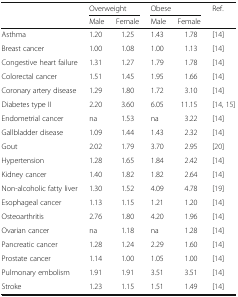
| <ROWSPAN=2>  | <COLSPAN=2> Overweight | <COLSPAN=2> Obese | <ROWSPAN=2> Ref. |
 | Male | Female | Male | Female |
 | --- | --- | --- | --- | --- | --- |
 | Asthma | 1.20 | 1.25 | 1.43 | 1.78 | [14] |
 | Breast cancer | 1.00 | 1.08 | 1.00 | 1.13 | [14] |
 | Congestive heart failure | 1.31 | 1.27 | 1.79 | 1.78 | [14] |
 | Colorectal cancer | 1.51 | 1.45 | 1.95 | 1.66 | [14] |
 | Coronary artery disease | 1.29 | 1.80 | 1.72 | 3.10 | [14] |
 | Diabetes type II | 2.20 | 3.60 | 6.05 | 11.15 | [14, 15] |
 | Endometrial cancer | na | 1.53 | na | 3.22 | [14] |
 | Gallbladder disease | 1.09 | 1.44 | 1.43 | 2.32 | [14] |
 | Gout | 2.02 | 1.79 | 3.70 | 2.95 | [20] |
 | Hypertension | 1.28 | 1.65 | 1.84 | 2.42 | [14] |
 | Kidney cancer | 1.40 | 1.82 | 1.82 | 2.64 | [14] |
 | Non-alcoholic fatty liver | 1.30 | 1.52 | 4.09 | 4.78 | [19] |
 | Esophageal cancer | 1.13 | 1.15 | 1.21 | 1.20 | [14] |
 | Osteoarthritis | 2.76 | 1.80 | 4.20 | 1.96 | [14] |
 | Ovarian cancer | na | 1.18 | na | 1.28 | [14] |
 | Pancreatic cancer | 1.28 | 1.24 | 2.29 | 1.60 | [14] |
 | Prostate cancer | 1.14 | 1.00 | 1.05 | 1.00 | [14] |
 | Pulmonary embolism | 1.91 | 1.91 | 3.51 | 3.51 | [14] |
 | Stroke | 1.23 | 1.15 | 1.51 | 1.49 | [14] |